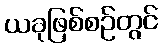
ယခုဖြစ်စဉ်တွင်